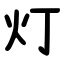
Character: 灯